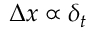
\Delta x \propto \delta _ { t }